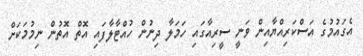
އެގައުމުގެ އަސްކަރިއްޔާއިން ވަނީ ސީރިއާގައި ހަމަލާ ދިނުން ހުއްޓާލާފައި އޮތް އޮތުން ނިމުމަކަށް